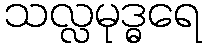
သလ္လမုဒ္ဓရေ